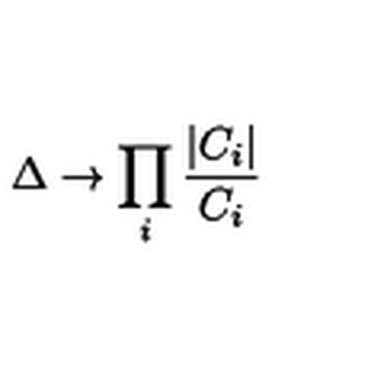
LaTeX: \Delta \rightarrow \prod _ { i } \frac { | C _ { i } | } { C _ { i } }